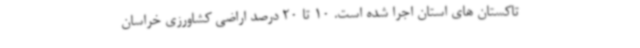
تاکستان های استان اجرا شده است. 10 تا 20 درصد اراضی کشاورزی خراسان